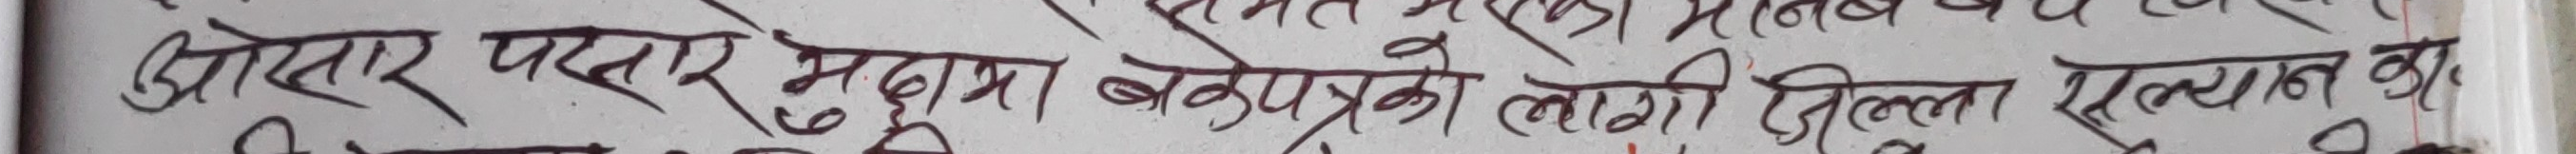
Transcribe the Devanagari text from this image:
अलोवार पराले मुद्रा बनेको लागो जिल्ला सल्यान का